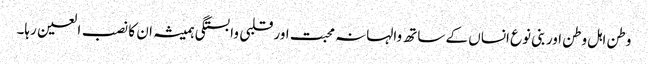
وطن اہل وطن اور بنی نوع انساں کے ساتھ والہانہ محبت اور قلبی وابستگی ہمیشہ ان کا نصب العین رہا۔